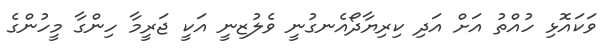
ވަކައޮޅި ހުއްތު އަށް އަދި ކިރިޔާދޯއެނގުނީ ވެލުޒިނީ އަކީ ޖަރީމާ ހިންގާ މީހުންގެ